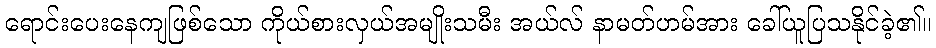
ရောင်းပေးနေကျဖြစ်သော ကိုယ်စားလှယ်အမျိုးသမီး အယ်လ် နာမတ်ဟမ်အား ခေါ်ယူပြသနိုင်ခဲ့၏။